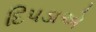
દિપડાએ